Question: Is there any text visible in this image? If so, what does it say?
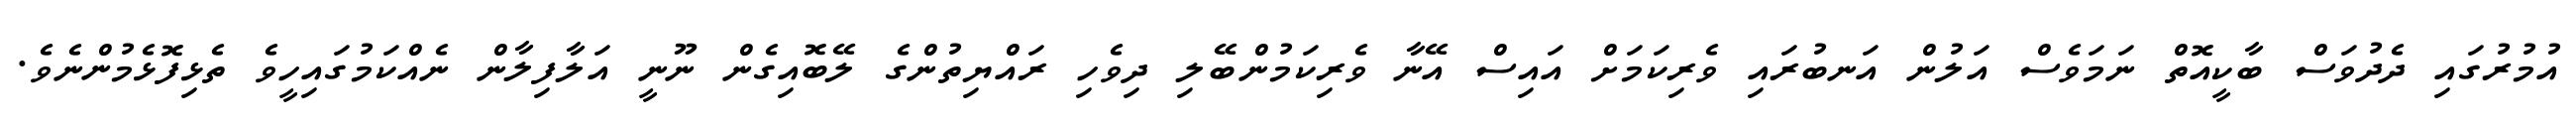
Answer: އުމުރުގައި ދެދުވަސް ބާކީއޮތް ނަމަވެސް އަލުން އަނބުރައި ވެރިކަމަށް އައިސް އޭނާ ވެރިކަމުންބޭލި ދިވެހި ރައްޔިތުންގެ ލޭބޮއިގެން ނޫނީ އަލާފިލާން ނެއްކަމުގައިހީވެ ތެޅިފޮޅެމުންނެވެ.